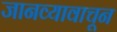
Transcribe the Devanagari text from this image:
जानव्यावाचून